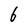
Character: 6